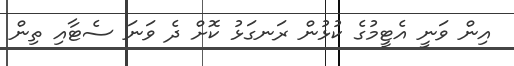
އިން ވަނީ އެޓީމުގެ ކުޅުން ރަނގަޅު ކޮށް ދެ ވަނަ ސެޓާއި ތިން